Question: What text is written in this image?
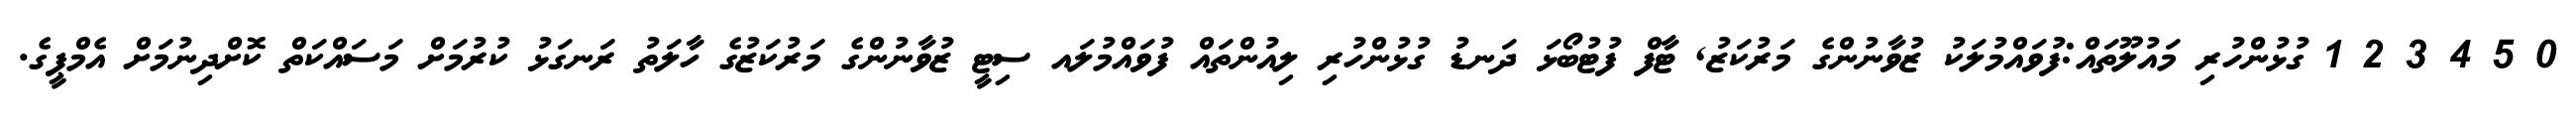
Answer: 0 5 4 3 2 1 ގުޅުންހުރި މައުލޫތައް:ފުވައްމުލަކު ޒުވާނުންގެ މަރުކަޒު, ޓާފް ފުޓުބޯޅަ ދަނޑު ގުޅުންހުރި ލިއުންތައް ފުވައްމުލައ ސިޓީ ޒުވާނުންގެ މަރުކަޒުގެ ހާލަތު ރަނގަޅު ކުރުމަށް މަސައްކަތް ކޮށްދިނުމަށް އެމްޕީގެ.